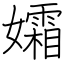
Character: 孀